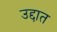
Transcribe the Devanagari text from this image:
उद्दात